Senior Leaving Certificate Examination (including Day School Certificate (Higher) General paper), 1950
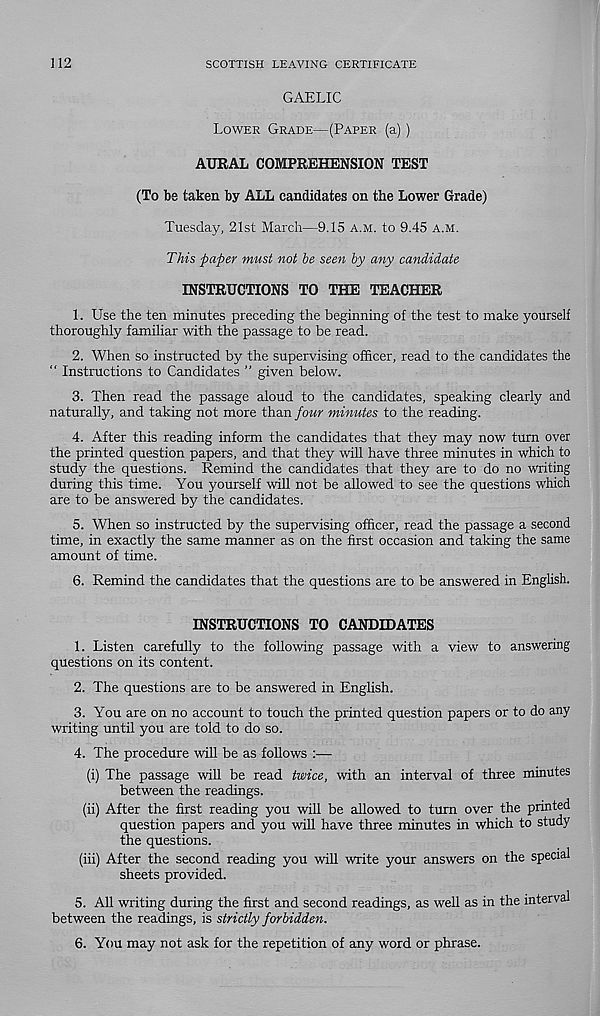
112
SCOTTISH LEAVING CERTIFICATE
GAELIC
Lower Grade—(Paper (a) )
AURAL COMPREHENSION TEST
(To be taken by ALL candidates on the Lower Grade)
Tuesday, 21st March—9.15 a.m. to 9.45 a.m.
This paper must not be seen by any candidate
INSTRUCTIONS TO THE TEACHER
1. Use the ten minutes preceding the beginning of the test to make yourself
thoroughly familiar with the passage to be read.
2. When so instructed by the supervising officer, read to the candidates the
“ Instructions to Candidates ” given below.
3. Then read the passage aloud to the candidates, speaking clearly and
naturally, and taking not more than four minutes to the reading.
4. After this reading inform the candidates that they may now turn over
the printed question papers, and that they will have three minutes in which to
study the questions. Remind the candidates that they are to do no writing
during this time. You yourself will not be allowed to see the questions which
are to be answered by the candidates.
5. When so instructed by the supervising officer, read the passage a second
time, in exactly the same manner as on the first occasion and taking the same
amount of time.
6. Remind the candidates that the questions are to be answered in English.
INSTRUCTIONS TO CANDIDATES
1. Listen carefully to the following passage with a view to answering
questions on its content.
2. The questions are to be answered in English.
3. You are on no account to touch the printed question papers or to do any
writing until you are told to do so.
4. The procedure will be as follows :—
(i) The passage will be read twice, with an interval of three minutes
between the readings.
(ii) After the first reading you will be allowed to turn over the printed
question papers and you will have three minutes in which to study
the questions.
(iii) After the second reading you will write your answers on the special
sheets provided.
5. All writing during the first and second readings, as well as in the interval
between the readings, is strictly forbidden.
6. You may not ask for the repetition of any word or phrase.